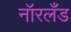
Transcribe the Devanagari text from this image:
नॉरलँड